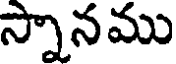
స్నానము